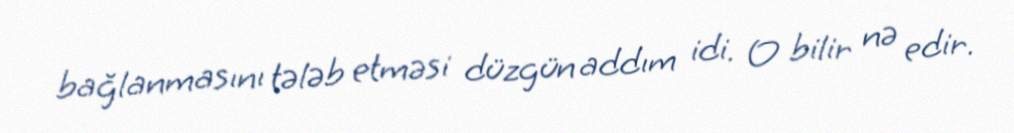
bağlanmasını tələb etməsi düzgün addım idi. O bilir nə edir.